Kohila_vallavalitsus, lk 5
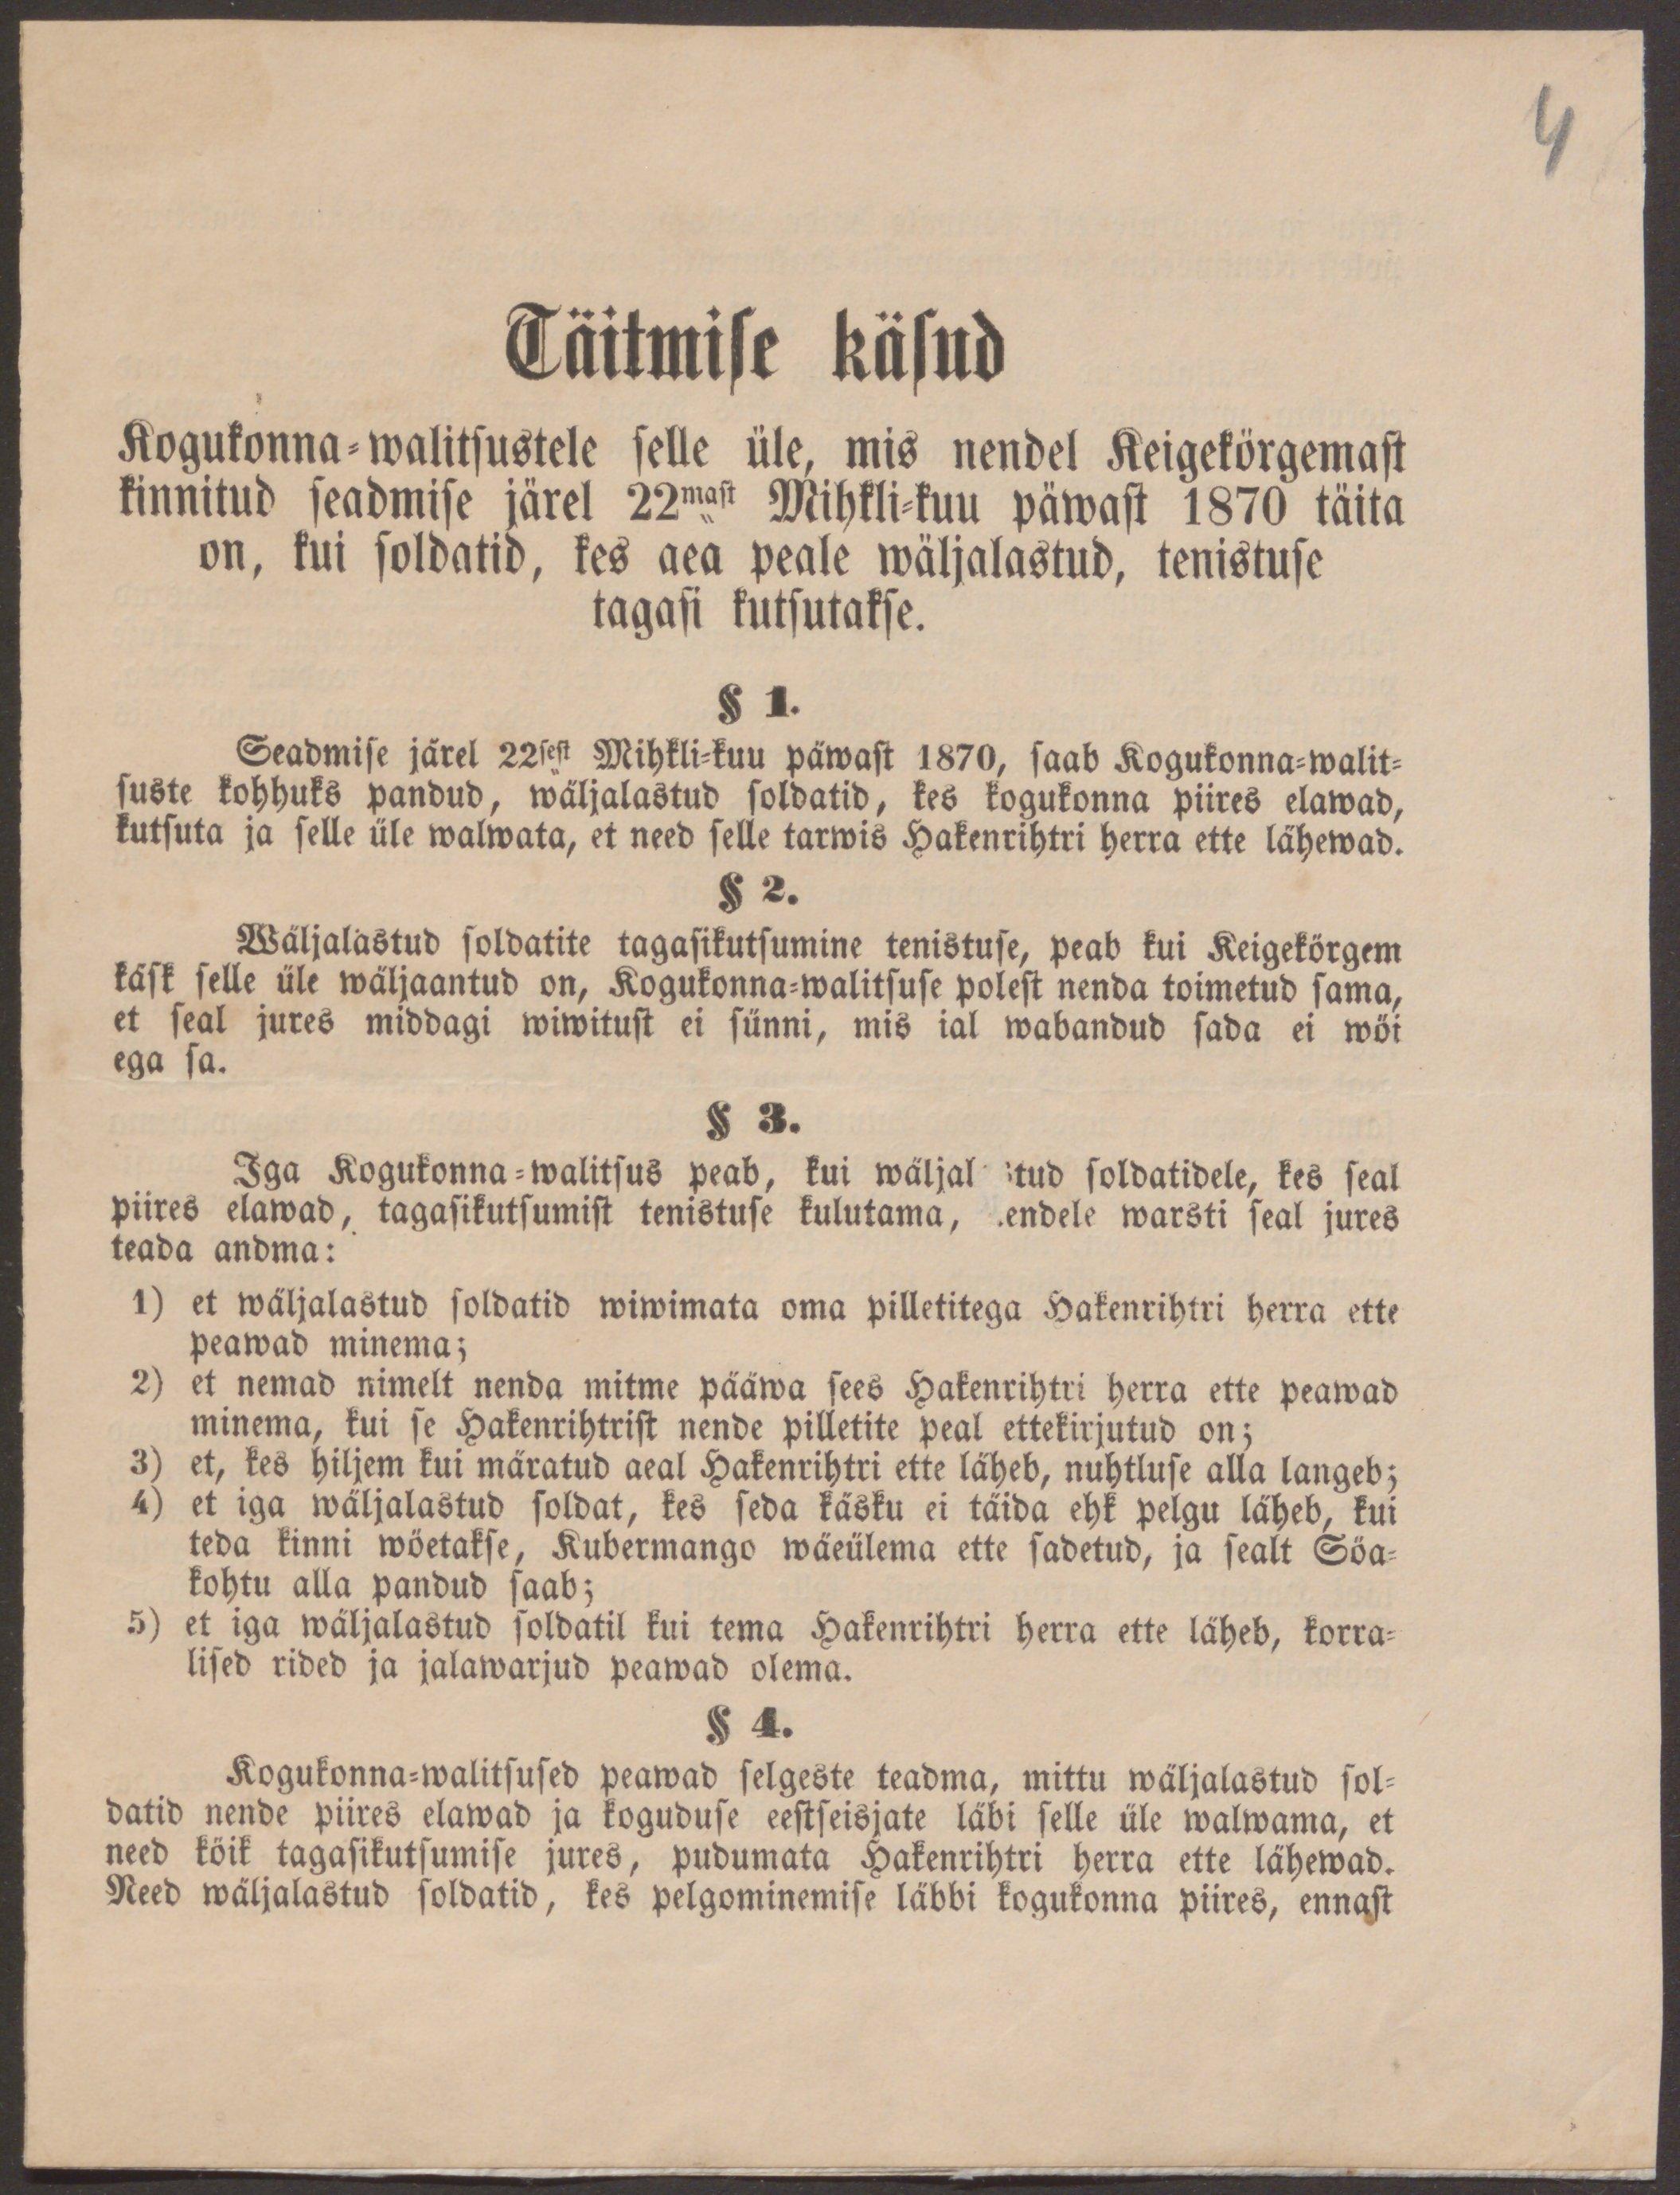
4

Täitmise käsud
Kogukonna-walitsustele selle üle, mis nendel Keigekörgemast
kinnitud seadmise järel 22mast Mihkli-kuu päwast 1870 täita
on, kui soldatid, kes aea peale wäljalastud, tenistuse
tagasi kutsutakse.
§ 1.
Seadmise järel 22sest Mihkli-kuu päwast 1870, saab Kogukonna-walit-
suste kohhuks pandud, wäljalastud soldatid, kes kogukonna piires elawad,
kutsuta ja selle üle walwata, et need selle tarwis Hakenrihtri herra ette lähewad.
§ 2.
Wäljalastud soldatite tagasikutsumine tenistuse, peab kui Keigekörgem
käsk selle üle wäljaantud on, Kogukonna-walitsuse polest nenda toimetud sama,
et seal jures middagi wiwitust ei sünni, mis ial wabandud sada ei wöi
ega sa.
§ 3.
Iga Kogukonna-walitsus peab, kui wäljalastud soldatidele, kes seal
piires elawad, tagasikutsumist tenistuse kulutama, nendele warsti seal jures
teada andma:
1) et wäljalastud soldatid wiwimata oma pilletitega Hakenrihtri herra ette
peawad minema;
2) et nemad nimelt nenda mitme pääwa sees Hakenrihtri herra ette peawad
minema, kui se Hakenrihtrist nende pilletite peal ettekirjutud on;
3) et, kes hiljem kui märatud aeal Hakenrihtri ette läheb, nuhtluse alla langeb;
4) et iga wäljalastud soldat, kes seda käsku ei täida ehk pelgu läheb, kui
teda kinni wöetakse, Kubermango wäeülema ette sadetud, ja sealt Söa-
kohtu alla pandud saab;
5) et iga wäljalastud soldatil kui tema Hakenrihtri herra ette läheb, korra-
lised rided ja jalawarjud peawad olema.
§ 4.
Kogukonna-walitsused peawad selgeste teadma, mittu wäljalastud sol-
datid nende piires elawad ja koguduse eestseisjate läbi selle üle walwama, et
need köik tagasikutsumise jures, pudumata Hakenrihtri herra ette lähewad.
Need wäljalastud soldatid, kes pelgominemise läbbi kogukonna piires, ennast